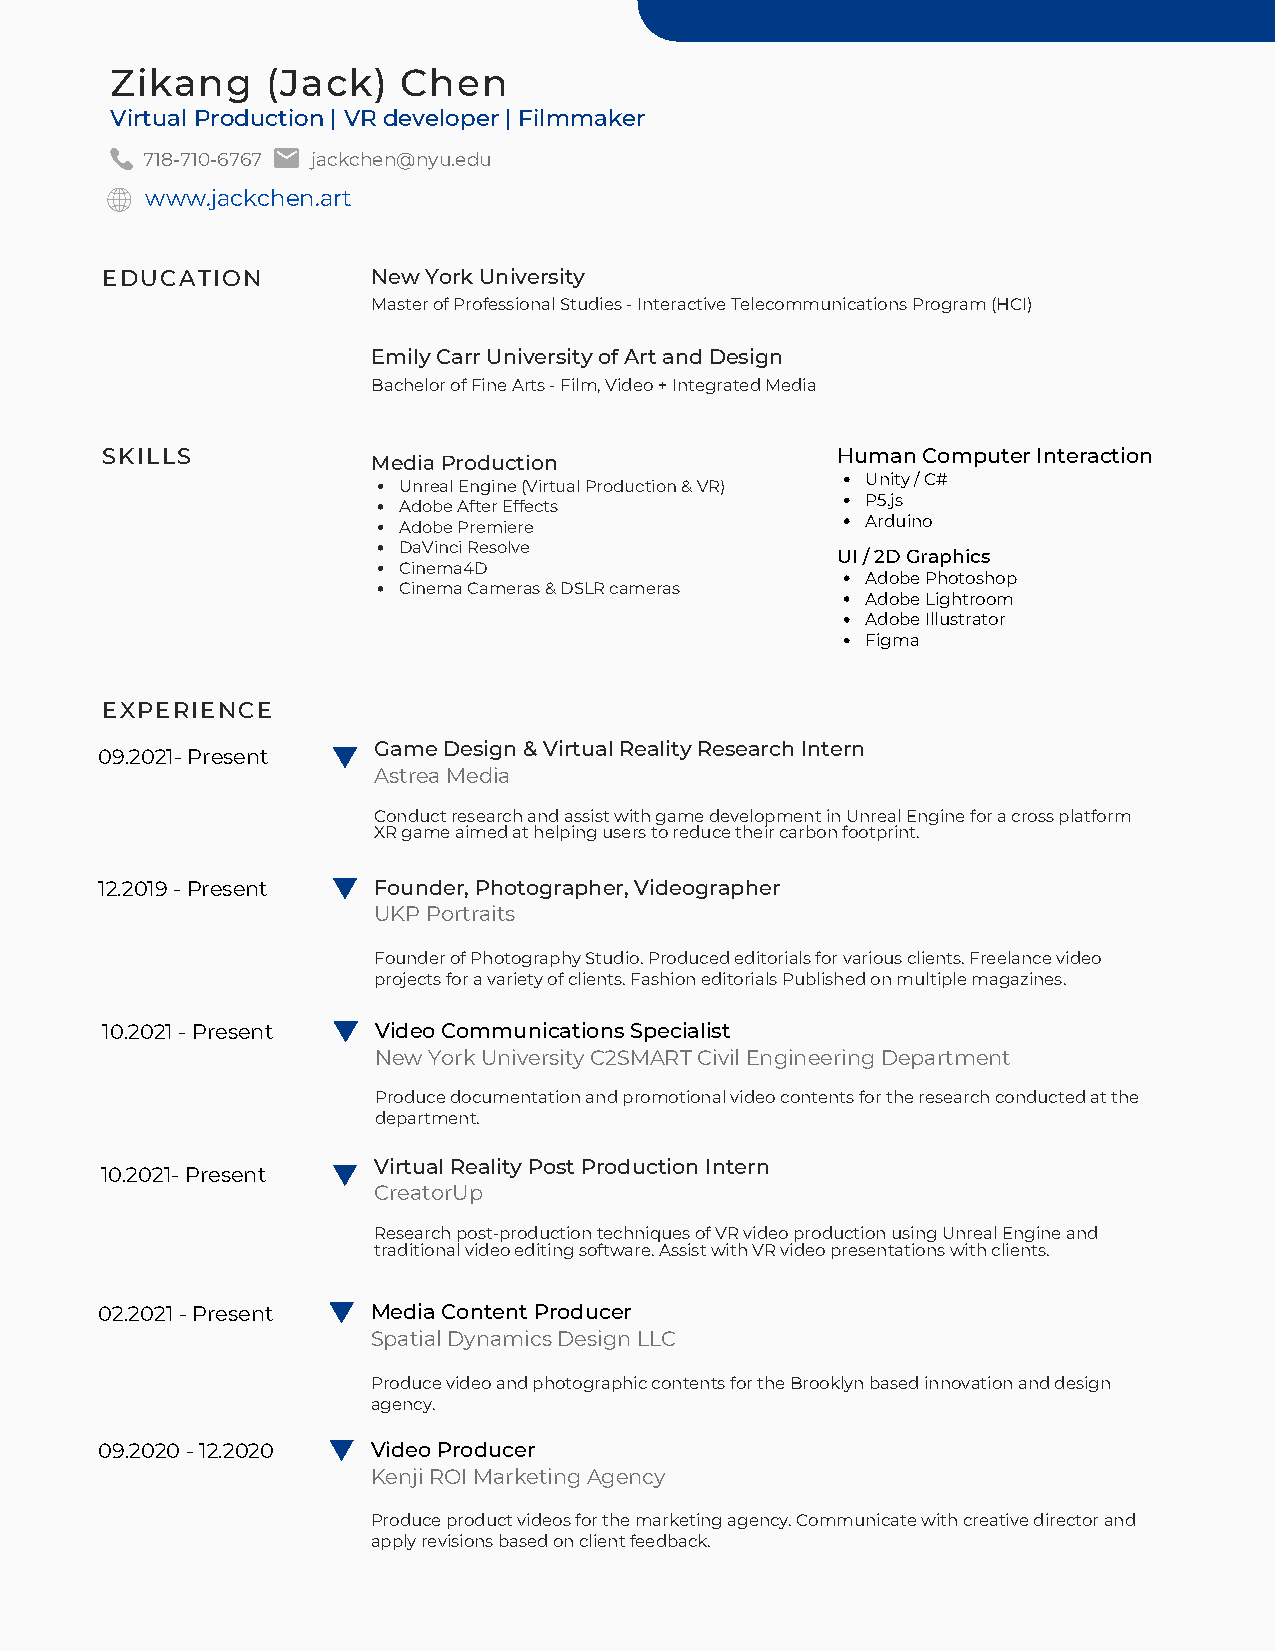
Zikang     (Jack)   Chen
 Virtual Production | VR developer | Filmmaker
 718-710-6767 jackchen@nyu.edu
 www.jackchen.art
 EDUCATION         New York University
 Master of Professional Studies - Interactive Telecommunications Program (HCI)
 Emily Carr University of Art and Design
 Bachelor of Fine Arts - Film, Video + Integrated Media
 SKILLS                                          Human Computer Interaction
 Media Production
 Unity / C#
 Unreal Engine (Virtual Production & VR)
 P5.js
 Adobe After Effects
 Arduino
 Adobe Premiere
 DaVinci Resolve
 UI / 2D Graphics
 Cinema4D
 Adobe Photoshop
 Cinema Cameras & DSLR cameras
 Adobe Lightroom
 Adobe Illustrator
 Figma
 EXPERIENCE
 Game Design & Virtual Reality Research Intern
 09.2021- Present
 Astrea Media
 Conduct research and assist with game development in Unreal Engine for a cross platform
 XR game aimed at helping users to reduce their carbon footprint.
 12.2019 - Present  Founder, Photographer, Videographer
 UKP Portraits
 Founder of Photography Studio. Produced editorials for various clients. Freelance video
 projects for a variety of clients. Fashion editorials Published on multiple magazines.
 10.2021 - Present Video Communications Specialist
 New York University C2SMART Civil Engineering Department
 Produce documentation and promotional video contents for the research conducted at the
 department.
 Virtual Reality Post Production Intern
 10.2021- Present
 CreatorUp
 Research post-production techniques of VR video production using Unreal Engine and
 traditional video editing software. Assist with VR video presentations with clients.
 02.2021 - Present  Media Content Producer
 Spatial Dynamics Design LLC
 Produce video and photographic contents for the Brooklyn based innovation and design
 agency.
 09.2020 - 12.2020  Video Producer
 Kenji ROI Marketing Agency
 Produce product videos for the marketing agency. Communicate with creative director and
 apply revisions based on client feedback.